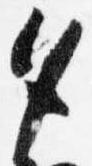
夕